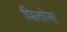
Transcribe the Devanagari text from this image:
पिलोस